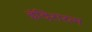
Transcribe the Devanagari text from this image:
इंदिरारत्‍न